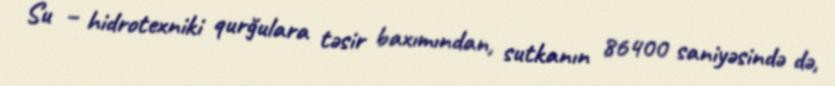
Su – hidrotexniki qurğulara təsir baxımından, sutkanın 86400 saniyəsində də,